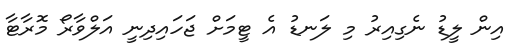
އިން ލީޑު ނެގިއިރު މި ލަނޑު އެ ޓީމަށް ޖަހައިދިނީ އަލްވާރޯ މޮރާޓާ